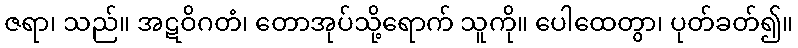
ဇရာ၊ သည်။ အဋဝိဂတံ၊ တောအုပ်သို့ရောက် သူကို။ ပေါထေတွာ၊ ပုတ်ခတ်၍။